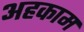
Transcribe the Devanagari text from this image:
अहकाम